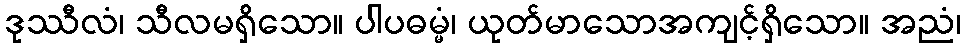
ဒုဿီလံ၊ သီလမရှိသော။ ပါပဓမ္မံ၊ ယုတ်မာသောအကျင့်ရှိသော။ အညံ၊